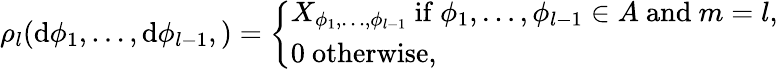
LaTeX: \begin{array}{r}{\rho_{l}(\mathrm{d}\phi_{1},\dots,\mathrm{d}\phi_{l-1},)=\left\{ \begin{array}{ll}{X_{\phi_{1},\dots,\phi_{l-1}}\mathrm{~if~}\phi_{1},\dots,\phi_{l-1}\in A\mathrm{~and~}m=l,}\\ {0\mathrm{~otherwise},}\end{array}\right.}\end{array}